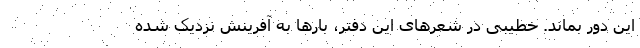
این دور بماند. خطیبی در شعرهای این دفتر، بارها به آفرینش نزدیک شده